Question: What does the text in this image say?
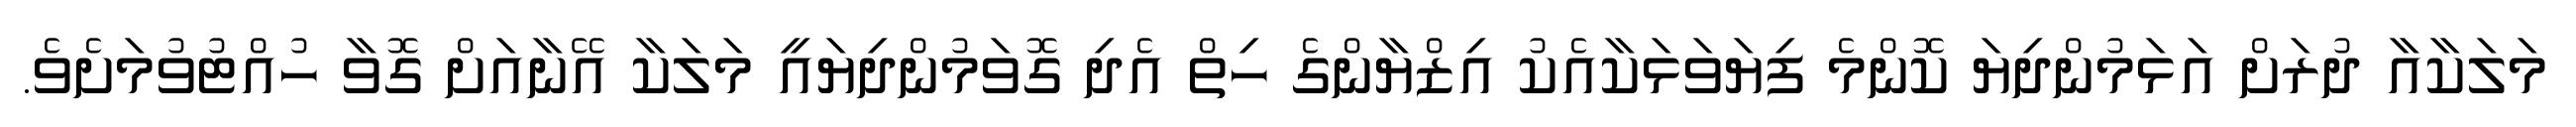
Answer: މަލަކާއާ ދުރަށް އަޅަމުންދިޔަ ކޮންމެ ފިޔަވަޅަކާއެކު އިޒްޔާންގެ ހިތް އެދި ގޮވަމުންދިޔައީ މަލަކާ އޭނާއަށް ގޮވާ ހުއްޓުވުމަށެވެ.